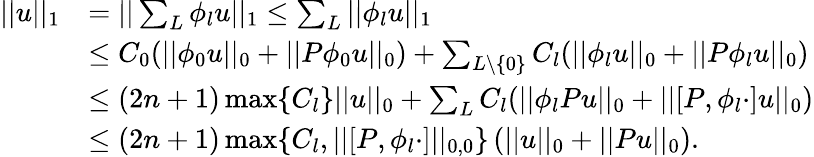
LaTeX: \begin{array}{rl}{||u||_{1}}&{=||\sum_{L}\phi_{l}u||_{1}\leq\sum_{L}||\phi_{l}u||_{1}}\\ &{\leq C_{0}(||\phi_{0}u||_{0}+||P\phi_{0}u||_{0})+\sum_{L\setminus\{ 0\} }C_{l}(||\phi_{l}u||_{0}+||P\phi_{l}u||_{0})}\\ &{\leq(2n+1)\operatorname*{max}\{ C_{l}\} ||u||_{0}+\sum_{L}C_{l}(||\phi_{l}Pu||_{0}+||\lbrack P,\phi_{l}\cdot\rbrack u||_{0})}\\ &{\leq(2n+1)\operatorname*{max}\{ C_{l},||\lbrack P,\phi_{l}\cdot\rbrack||_{0,0}\} \left(||u||_{0}+||Pu||_{0}\right).}\end{array}